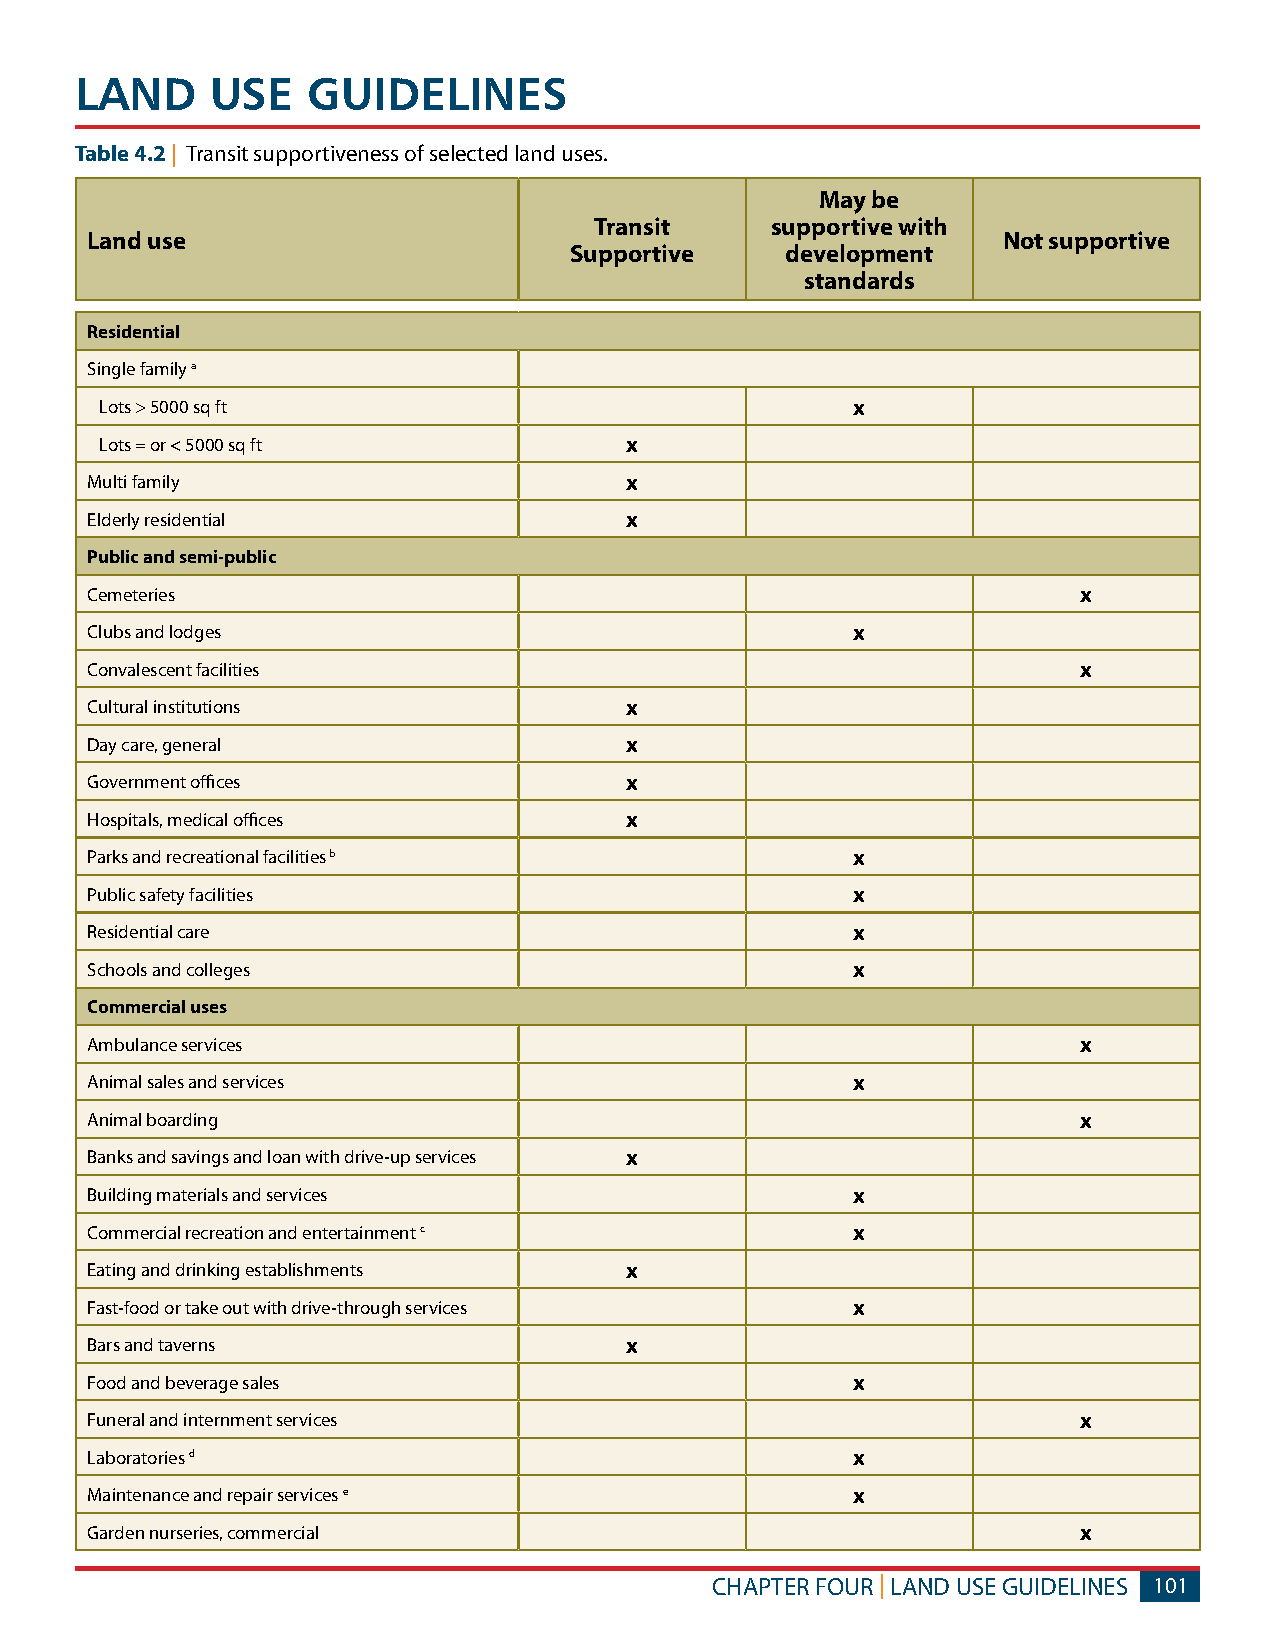
LAND     USE   GUIDELINES
 Table 4.2 | Transit supportiveness of selected land uses.
 May be
 Transit     supportive with
 Land use                                                    Not supportive
 Supportive    development
 standards
 Residential
 Single family a
 Lots > 5000 sq ft                                x
 Lots = or < 5000 sq ft            x
 Multi family                       x
 Elderly residential                x
 Public and semi-public
 Cemeteries                                                        x
 Clubs and lodges                                  x
 Convalescent facilities                                           x
 Cultural institutions              x
 Day care, general                  x
 Government offices                 x
 Hospitals, medical offices         x
 Parks and recreational facilities b               x
 Public safety facilities                          x
 Residential care                                  x
 Schools and colleges                              x
 Commercial uses
 Ambulance services                                                x
 Animal sales and services                         x
 Animal boarding                                                   x
 Banks and savings and loan with drive-up services x
 Building materials and services                   x
 Commercial recreation and entertainment c         x
 Eating and drinking establishments x
 Fast-food or take out with drive-through services x
 Bars and taverns                   x
 Food and beverage sales                           x
 Funeral and internment services                                   x
 Laboratories d                                    x
 Maintenance and repair services e                 x
 Garden nurseries, commercial                                      x
 CHAPTER FOUR | LAND USE GUIDELINES 101